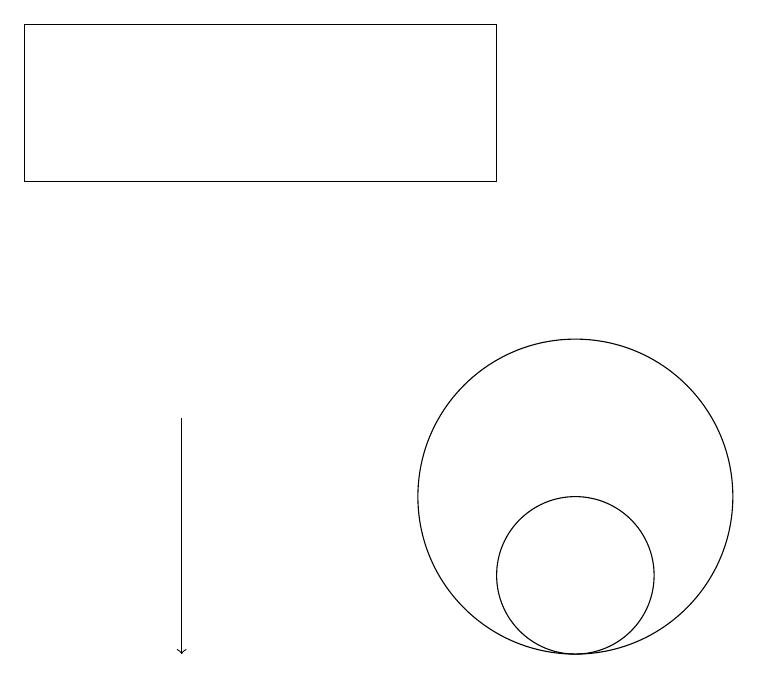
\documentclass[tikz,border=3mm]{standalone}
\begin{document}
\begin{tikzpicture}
\draw[->] (5,13) -- (5,10);
\draw (10,11) circle (1);
\draw (10,12) circle (2);
\draw (9,18) rectangle (3,16);
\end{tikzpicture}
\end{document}